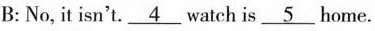
B: No, it isn't.\underline{4}watch is\underline{5}home.